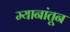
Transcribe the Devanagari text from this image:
म्यानांतून